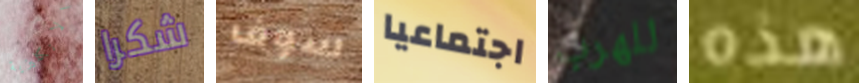
الانكليزية شكرا سوف اجتماعيا للهرب هذه